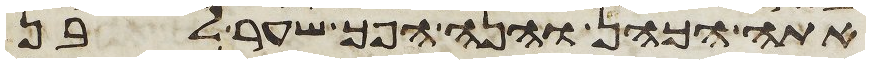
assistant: אתה הכהן והנה הפך שער לבן